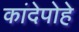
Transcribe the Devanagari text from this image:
कांदेपोहे